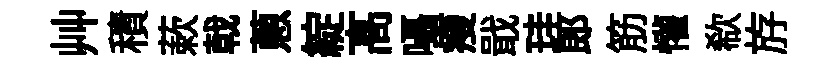
艸積蔌戟蔥綻髙囁瘦戢珪郞筋懽欷斿